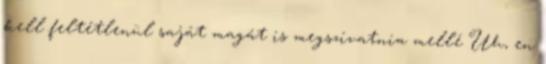
kell feltétlenül saját magát is megszívatnia mellé Uh, en